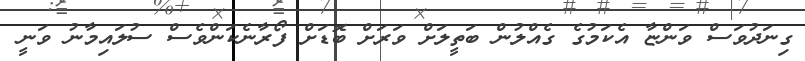
ގިނަދުވަސް ވަންޏާ އެކަމުގެ ގެއްލުން ބަތީލަށް ވަރަށް ބޮޑަށް ފޯރާނެކަންވެސް ސުލައިމާނު ވަނީ